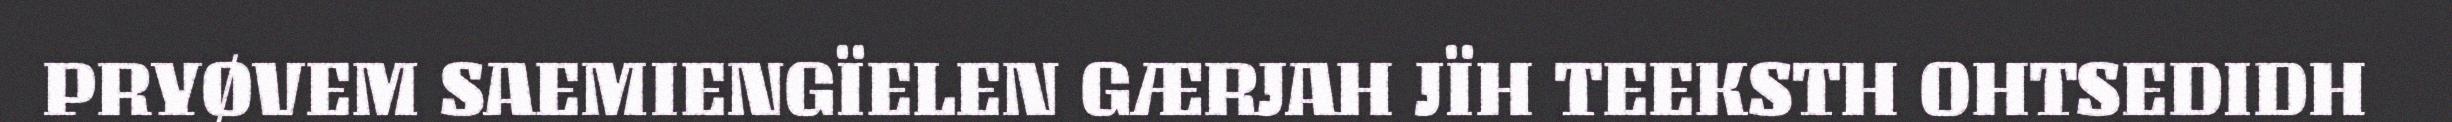
PRYØVEM SAEMIENGÏELEN GÆRJAH JÏH TEEKSTH OHTSEDIDH